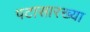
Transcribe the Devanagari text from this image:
पटासारख्या